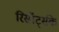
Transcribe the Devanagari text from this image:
रिसॉर्ट्सके